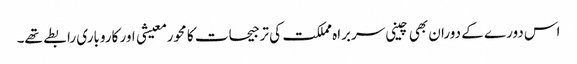
اس دورے کے دوران بھی چینی سربراہ مملکت کی ترجیحات کا محور معیشی اور کاروباری رابطے تھے۔